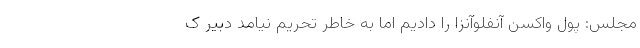
مجلس: پول واکسن آنفلوآنزا را دادیم اما به خاطر تحریم نیامد دبیر ک